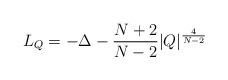
LaTeX: \begin{align*}L_Q=-\Delta -\frac{N+2}{N-2}|Q|^{\frac{4}{N-2}}\end{align*}